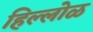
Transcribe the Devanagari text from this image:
हिल्लोळ